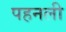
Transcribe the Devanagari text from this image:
पहनली